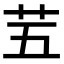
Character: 𫇩